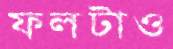
ফলটাও